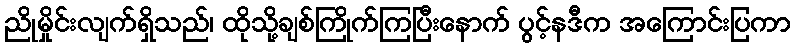
ညိုမှိုင်းလျက်ရှိသည်၊ ထိုသို့ချစ်ကြိုက်ကြပြီးနောက် ပွင့်နဒီက အကြောင်းပြကာ